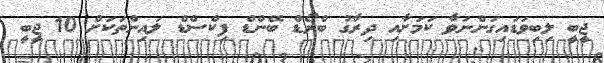
ޖީބީ ލިބިވަޑައިގަންނަވާ ކަމަށާއި ދިރާގު ބްރޯޑް ބޭންޑް ފިކްސްޑް ލައިންތަކަށް 10 ޖީބީ